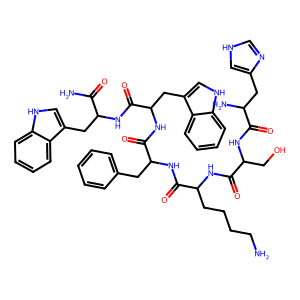
SMILES: NCCCCC(NC(=O)C(CO)NC(=O)C(N)Cc1c[nH]cn1)C(=O)NC(Cc1ccccc1)C(=O)NC(Cc1c[nH]c2ccccc12)C(=O)NC(Cc1c[nH]c2ccccc12)C(N)=O
Inhibits HIV replication: No